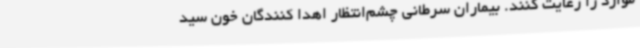
موارد را رعایت کنند. بیماران سرطانی چشم‌انتظار اهدا کنندگان خون سید